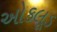
ઓકલૂડ